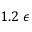
1 . 2 ~ \epsilon